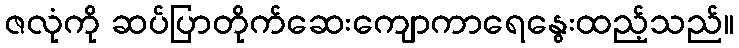
ဇလုံကို ဆပ်ပြာတိုက်ဆေးကျောကာရေနွေးထည့်သည်။